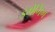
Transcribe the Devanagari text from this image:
इमेगिंग